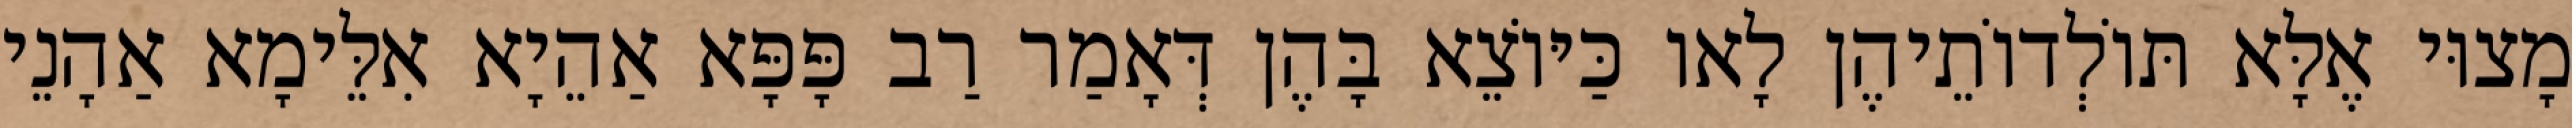
מָצוּי אֶלָּא תּוֹלְדוֹתֵיהֶן לָאו כַּיּוֹצֵא בָּהֶן דְּאָמַר רַב פָּפָּא אַהֵיָא אִלֵּימָא אַהָנֵי